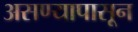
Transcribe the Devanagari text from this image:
असण्यापासून